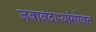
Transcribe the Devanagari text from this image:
जबाबदाऱ्यांसोबत